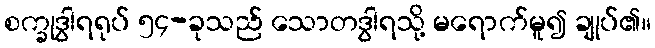
စက္ခုဒွါရရုပ် ၅၄-ခုသည် သောတဒွါရသို့ မရောက်မူ၍ ချုပ်၏။